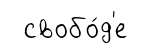
свобо́д'е